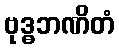
ဗုဒ္ဓဘဏိတံ